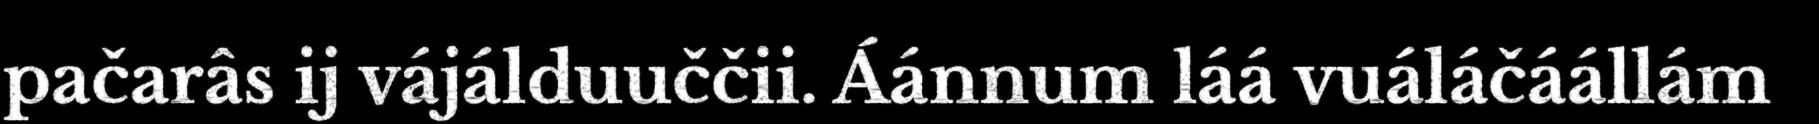
pačarâs ij vájálduuččii. Áánnum láá vuáláčáállám